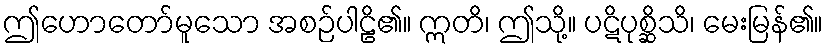
ဤဟောတော်မူသော အစဉ်ပါဠိ၏။ ဣတိ၊ ဤသို့။ ပဋိပုစ္ဆိသိ၊ မေးမြန်၏။